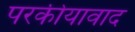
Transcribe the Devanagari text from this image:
परकीयावाद